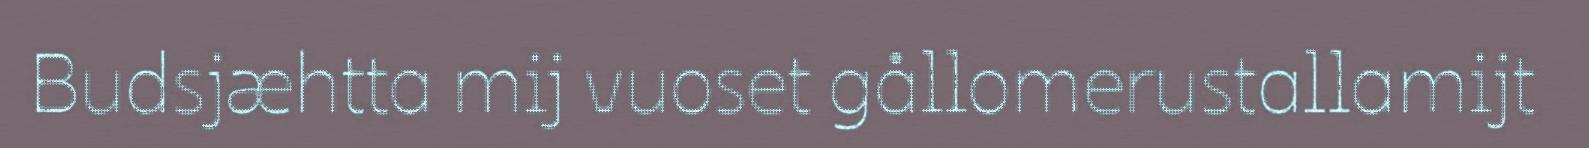
Budsjæhtta mij vuoset gållomerustallamijt